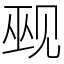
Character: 觋